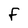
Character: f